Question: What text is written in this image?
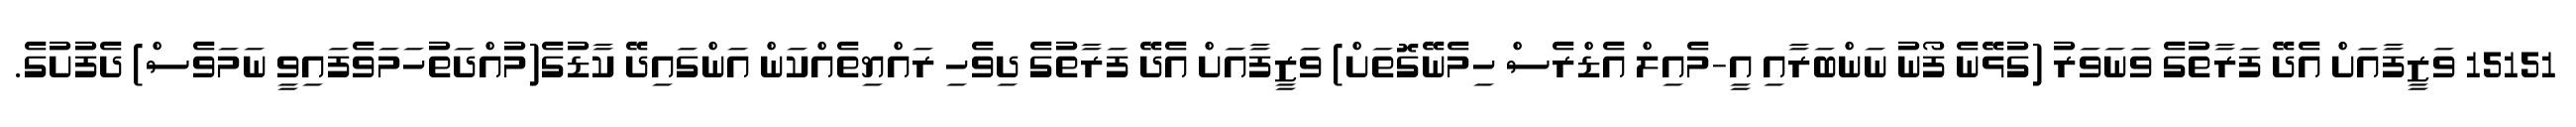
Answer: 15151 ވަޒީފާއަށް އެދޭ ފަރާތުގެ ވަނަވަރު (ގުޅޭނެ ފޯނު ނަންބަރާއި އީ-މެއިލް އެޑްރެސް ހިމެނޭގޮތަށް) ވަޒީފާއަށް އެދޭ ފަރާތުގެ ދިވެހި ރައްޔިތެއްކަން އަންގައިދޭ ކާޑުގެ(މުއްދަތުހަމަވެފައިވީ ނަމަވެސް) ދެފުށުގެ.